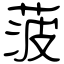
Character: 菠